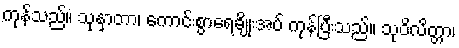
ကုန်သည်။ သုနှာတာ၊ ကောင်းစွာရေချိုးအပ် ကုန်ပြီးသည်။ သုဝိလိတ္တာ၊